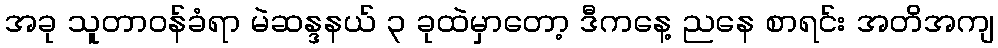
အခု သူတာဝန်ခံရာ မဲဆန္ဒနယ် ၃ ခုထဲမှာတော့ ဒီကနေ့ ညနေ စာရင်း အတိအကျ